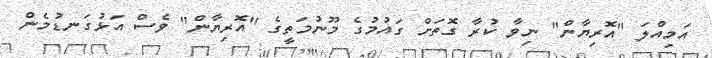
އަމިއްލަ "އޮރިޔާން" ނިވާ ކުރާ ގޮތަށް ގައުމުގެ މޫނުމަތީގެ "އޮރިޔާން" ވެސް އަޅުގަނޑުމެން